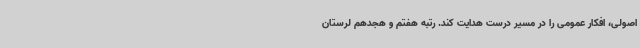
اصولی، افکار عمومی را در مسیر درست هدایت کند. رتبه هفتم و هجدهم لرستان